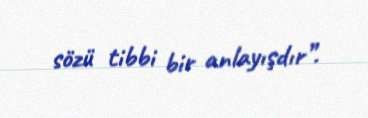
sözü tibbi bir anlayışdır”.